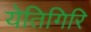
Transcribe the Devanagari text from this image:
येतिगिरि